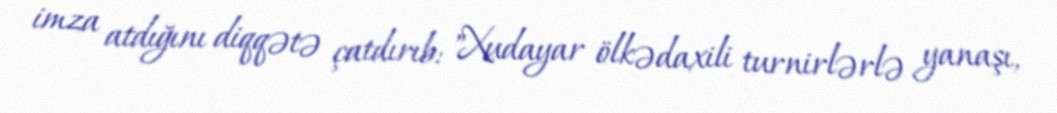
imza atdığını diqqətə çatdırıb: "Xudayar ölkədaxili turnirlərlə yanaşı,